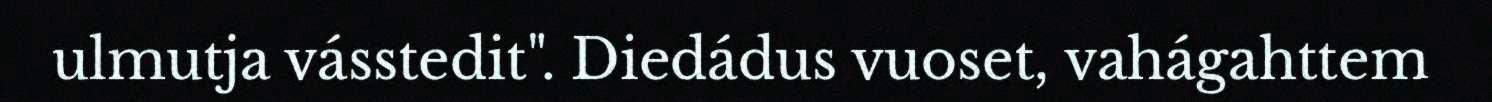
ulmutja vásstedit". Diedádus vuoset, vahágahttem